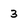
Character: 3